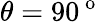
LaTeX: \theta=90^{\mathrm{~o~}}